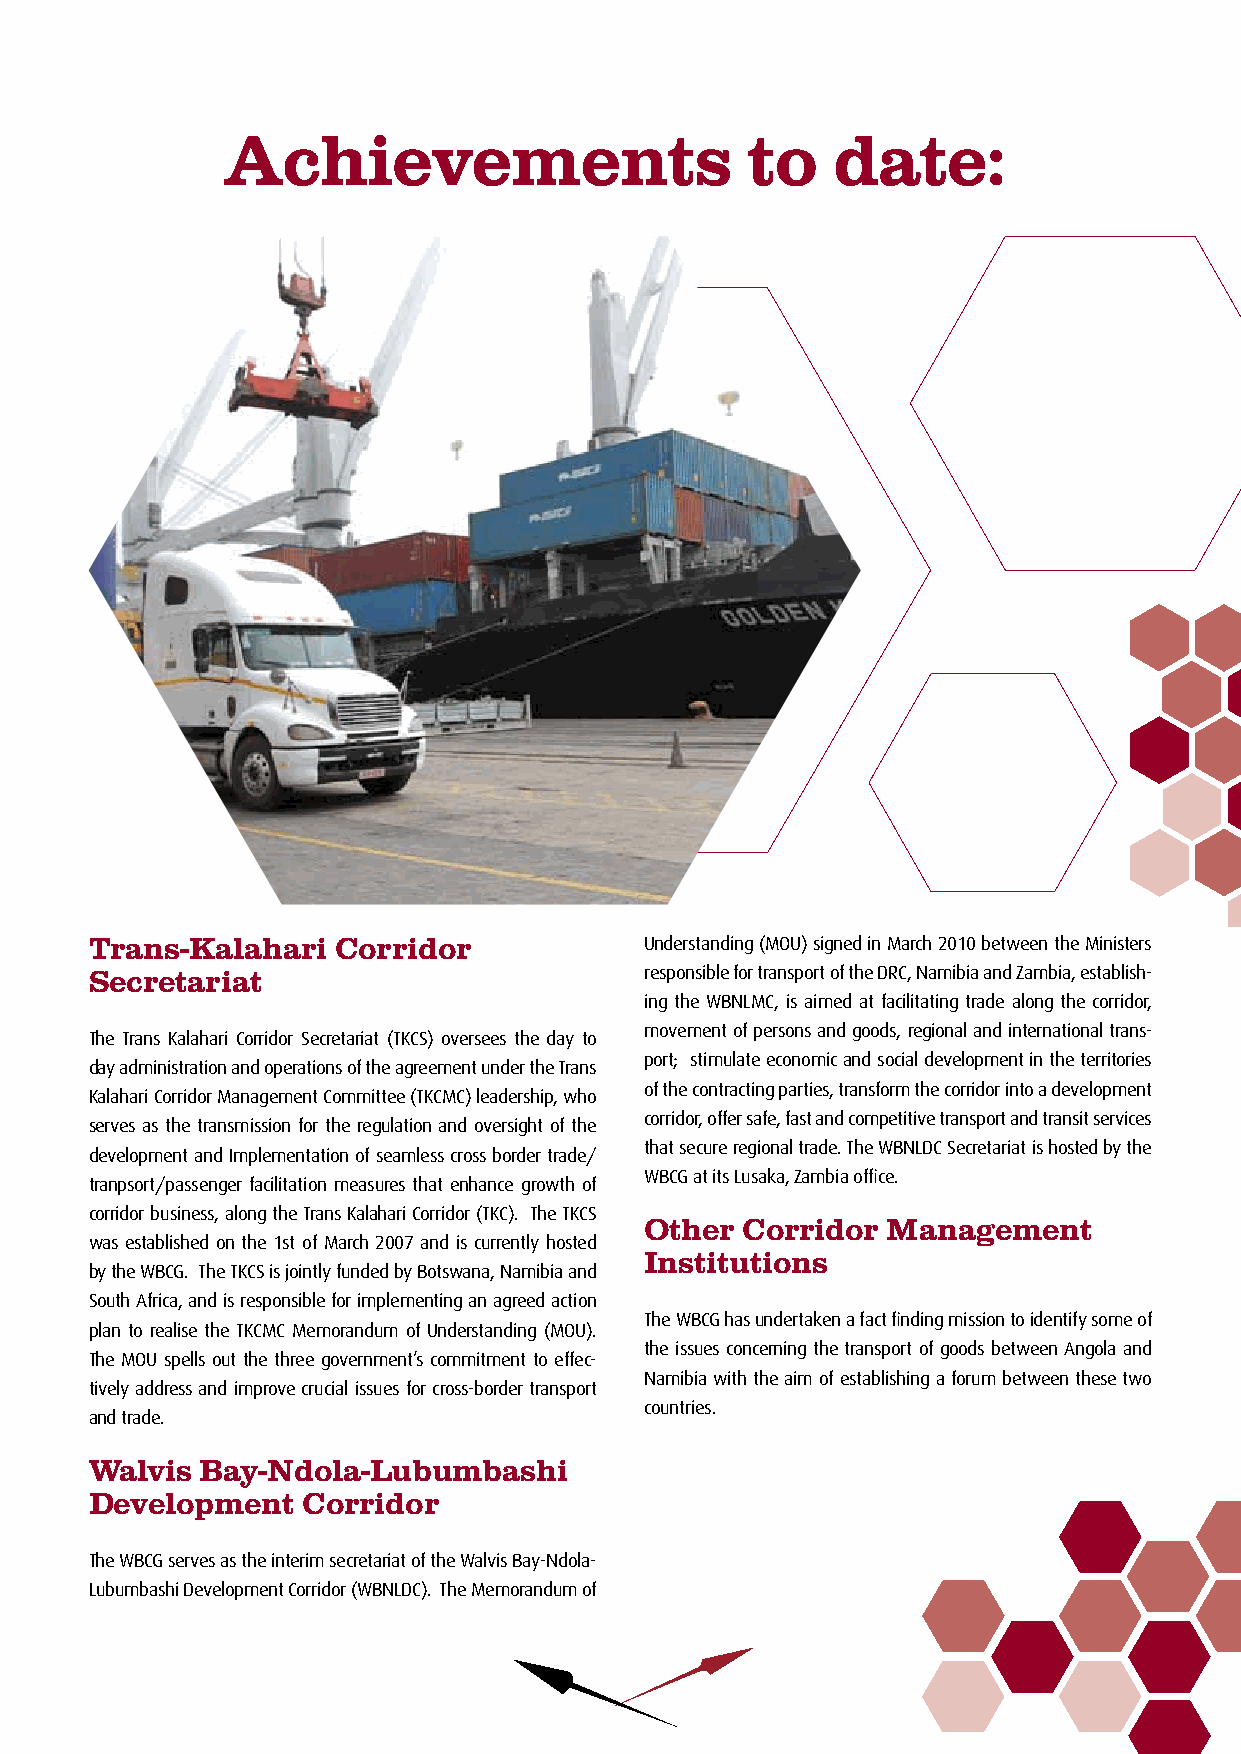
Achievements                      to    date:
 Trans-Kalahari  Corridor             Understanding (MOU) signed in March 2010 between the Ministers
 Secretariat                          responsible for transport of the DRC, Namibia and Zambia, establish-
 ing the WBNLMC, is aimed at facilitating trade along the corridor,
 movement of persons and goods, regional and international trans-
 The Trans Kalahari Corridor Secretariat (TKCS) oversees the day to
 port; stimulate economic and social development in the territories
 day administration and operations of the agreement under the Trans
 of the contracting parties, transform the corridor into a development
 Kalahari Corridor Management Committee (TKCMC) leadership, who
 corridor, offer safe, fast and competitive transport and transit services
 serves as the transmission for the regulation and oversight of the
 that secure regional trade. The WBNLDC Secretariat is hosted by the
 development and Implementation of seamless cross border trade/
 WBCG at its Lusaka, Zambia office.
 tranpsort/passenger facilitation measures that enhance growth of
 corridor business, along the Trans Kalahari Corridor (TKC). The TKCS
 Other Corridor  Management
 was established on the 1st of March 2007 and is currently hosted
 Institutions
 by the WBCG. The TKCS is jointly funded by Botswana, Namibia and
 South Africa, and is responsible for implementing an agreed action
 The WBCG has undertaken a fact finding mission to identify some of
 plan to realise the TKCMC Memorandum of Understanding (MOU).
 the issues concerning the transport of goods between Angola and
 The MOU spells out the three government’s commitment to effec-
 Namibia with the aim of establishing a forum between these two
 tively address and improve crucial issues for cross-border transport
 countries.
 and trade.
 Walvis Bay-Ndola-Lubumbashi
 Development   Corridor
 The WBCG serves as the interim secretariat of the Walvis Bay-Ndola-
 Lubumbashi Development Corridor (WBNLDC). The Memorandum of